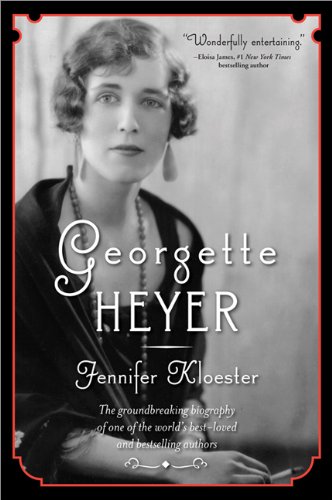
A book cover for Georgette Heyer; Jennifer Kloester; Literature & Fiction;